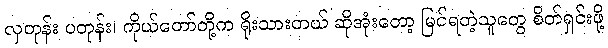
လှတုန်း ပတုန်း၊ ကိုယ်တော်တို့က ရိုးသားတယ် ဆိုအုံးတော့ မြင်ရတဲ့သူတွေ စိတ်ရှင်းဖို့